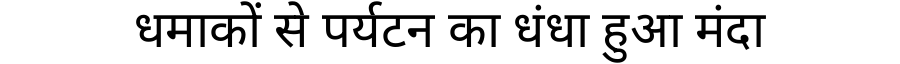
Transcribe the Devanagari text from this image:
धमाकों से पर्यटन का धंधा हुआ मंदा